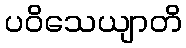
ပဝိသေယျာတိ